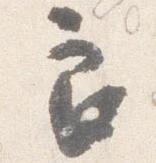
良